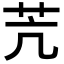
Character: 苀